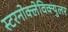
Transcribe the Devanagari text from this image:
स्टरनोक्लेविक्युलर